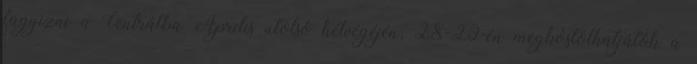
fagyizni a Centrálba Április utolsó hétvégéjén, 28-29-én megkóstolhatjátok a